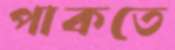
পাকতে